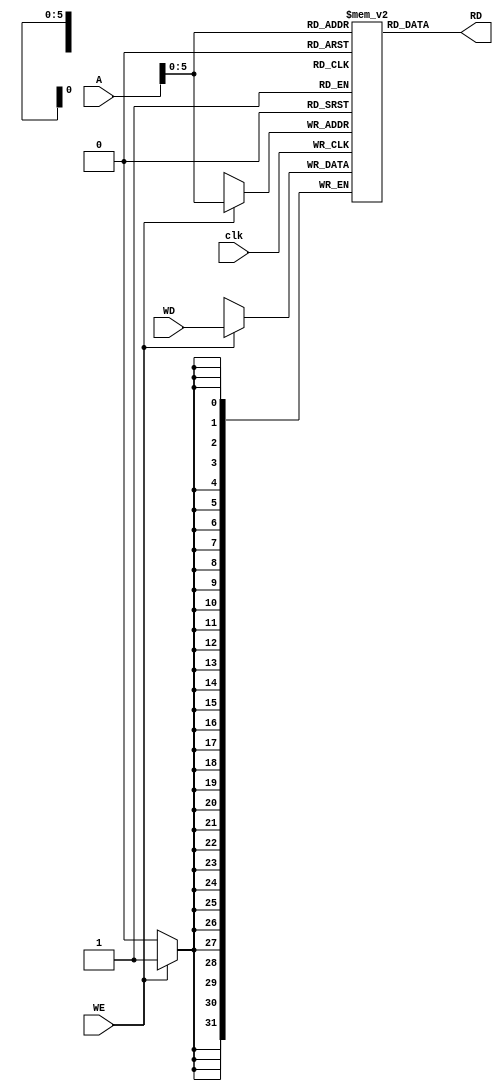
module Data_Mem#(parameter width = 32,parameter address_lines = 32 )
 (
    input clk, WE,
    input [width-1:0] WD, 
    input [address_lines-1:0] A, 
    output [width-1:0] RD
);
    reg [width-1:0] memory [0:width*2-1]; 
    always @(posedge clk) begin
        if (WE) begin
            memory[A] <= WD;
        end
    end
    assign RD = memory[A];

endmodule